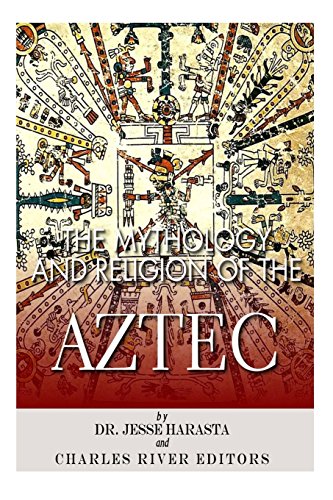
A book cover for The Mythology and Religion of the Aztec; Charles River Editors; History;